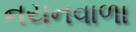
નયનવાળા